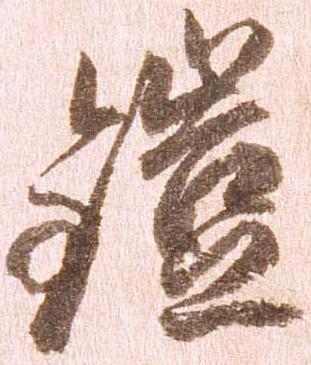
鎧